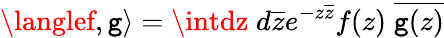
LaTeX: \langlef,\mathtt{g}\rangle=\intdz\; d\overline{{{{z}}}}e^{-z\overline{{{{z}}}}}f(z)\; \overline{{{{\mathtt{g}(z)}}}}